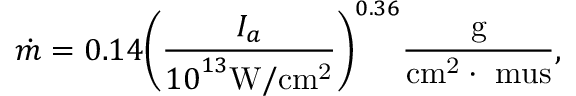
\dot { m } = 0 . 1 4 { \left( { \frac { { { I _ { a } } } } { { { { 1 0 } ^ { 1 3 } } \mathrm { { W / c } } { \mathrm { { m } } ^ { \mathrm { { 2 } } } } } } } \right) ^ { 0 . 3 6 } } \frac { \mathrm { { g } } } { { \mathrm { { c } } { \mathrm { { m } } ^ { \mathrm { { 2 } } } } \cdot \mathrm { { \ m u s } } } } ,